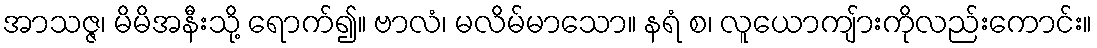
အာသဇ္ဇ၊ မိမိအနီးသို့ ရောက်၍။ ဗာလံ၊ မလိမ်မာသော။ နရံ စ၊ လူယောကျ်ားကိုလည်းကောင်း။